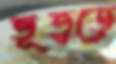
ভূতুড়ে